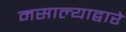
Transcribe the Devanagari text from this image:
मसाल्याद्वारे